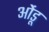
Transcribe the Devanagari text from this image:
ओंडू